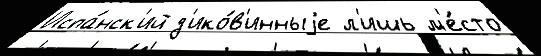
Испа́нск'ий д'ико́в'инныjе л'ишь м'е́сто